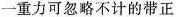
一重力可忽略不计的带正